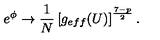
e ^ { \phi } \rightarrow \frac { 1 } { N } \left[ g _ { e f f } ( U ) \right] ^ { \frac { 7 - p } { 2 } } .